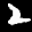
Digit: 2